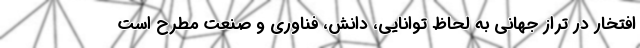
افتخار در تراز جهانی به لحاظ توانایی، دانش، فناوری و صنعت مطرح است